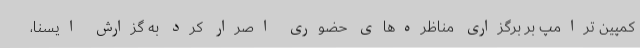
کمپین ترامپ بر برگزاری مناظره‌های حضوری اصرار کرد به گزارش ایسنا،